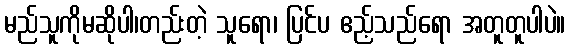
မည်သူကိုမဆိုပါ၊တည်းတဲ့ သူရော၊ ပြင်ပ ဧည့်သည်ရော အတူတူပါပဲ။